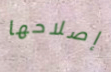
إصلاحها